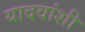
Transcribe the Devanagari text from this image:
यादवांशी